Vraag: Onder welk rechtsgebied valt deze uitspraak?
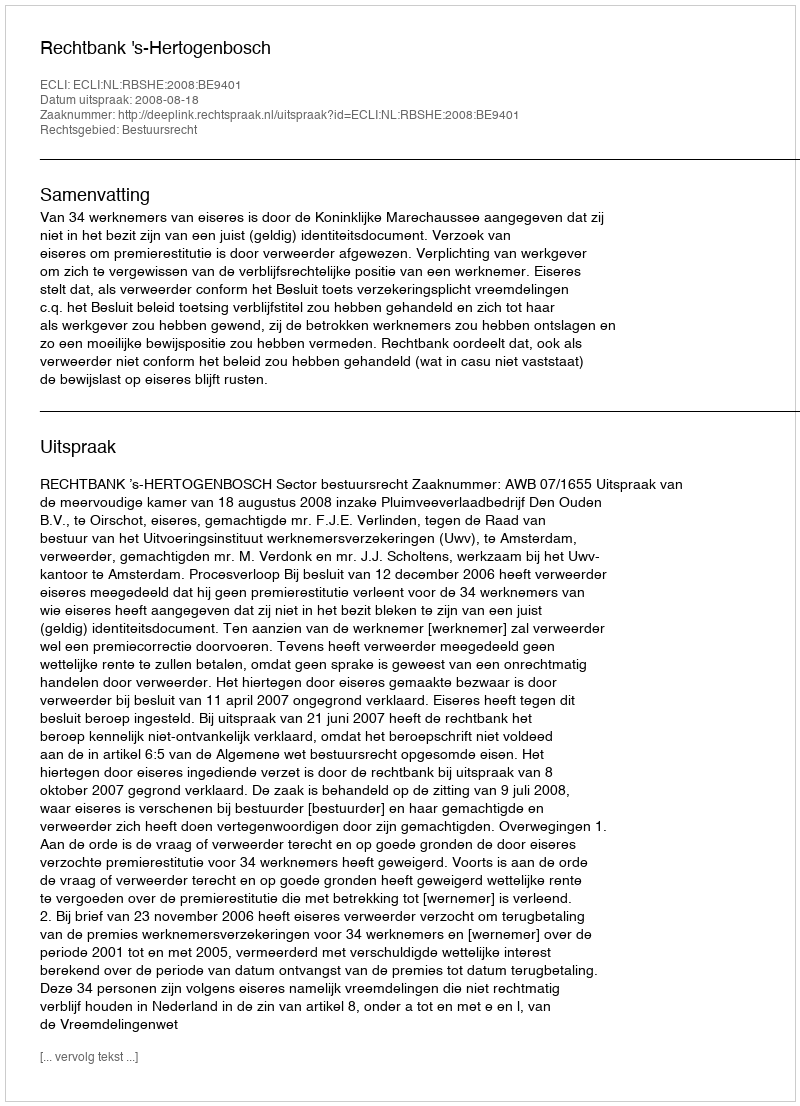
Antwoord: Bestuursrecht